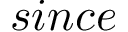
s i n c e